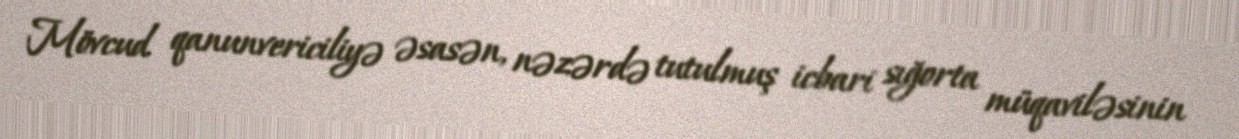
Mövcud qanunvericiliyə əsasən, nəzərdə tutulmuş icbari sığorta müqaviləsinin